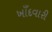
ખાઁદવારી